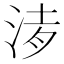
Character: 𣵒